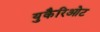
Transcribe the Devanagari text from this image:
युकैरिओट